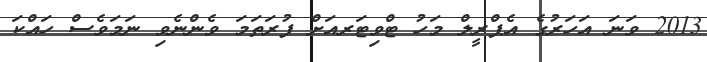
2013 ވަނަ އަހަރުގެ އެޕްރީލް މަހު ޓްވިޓަރއަށް ފުރަތަމަ ވެންނެވި ނަމަވެސް ހައްކަ